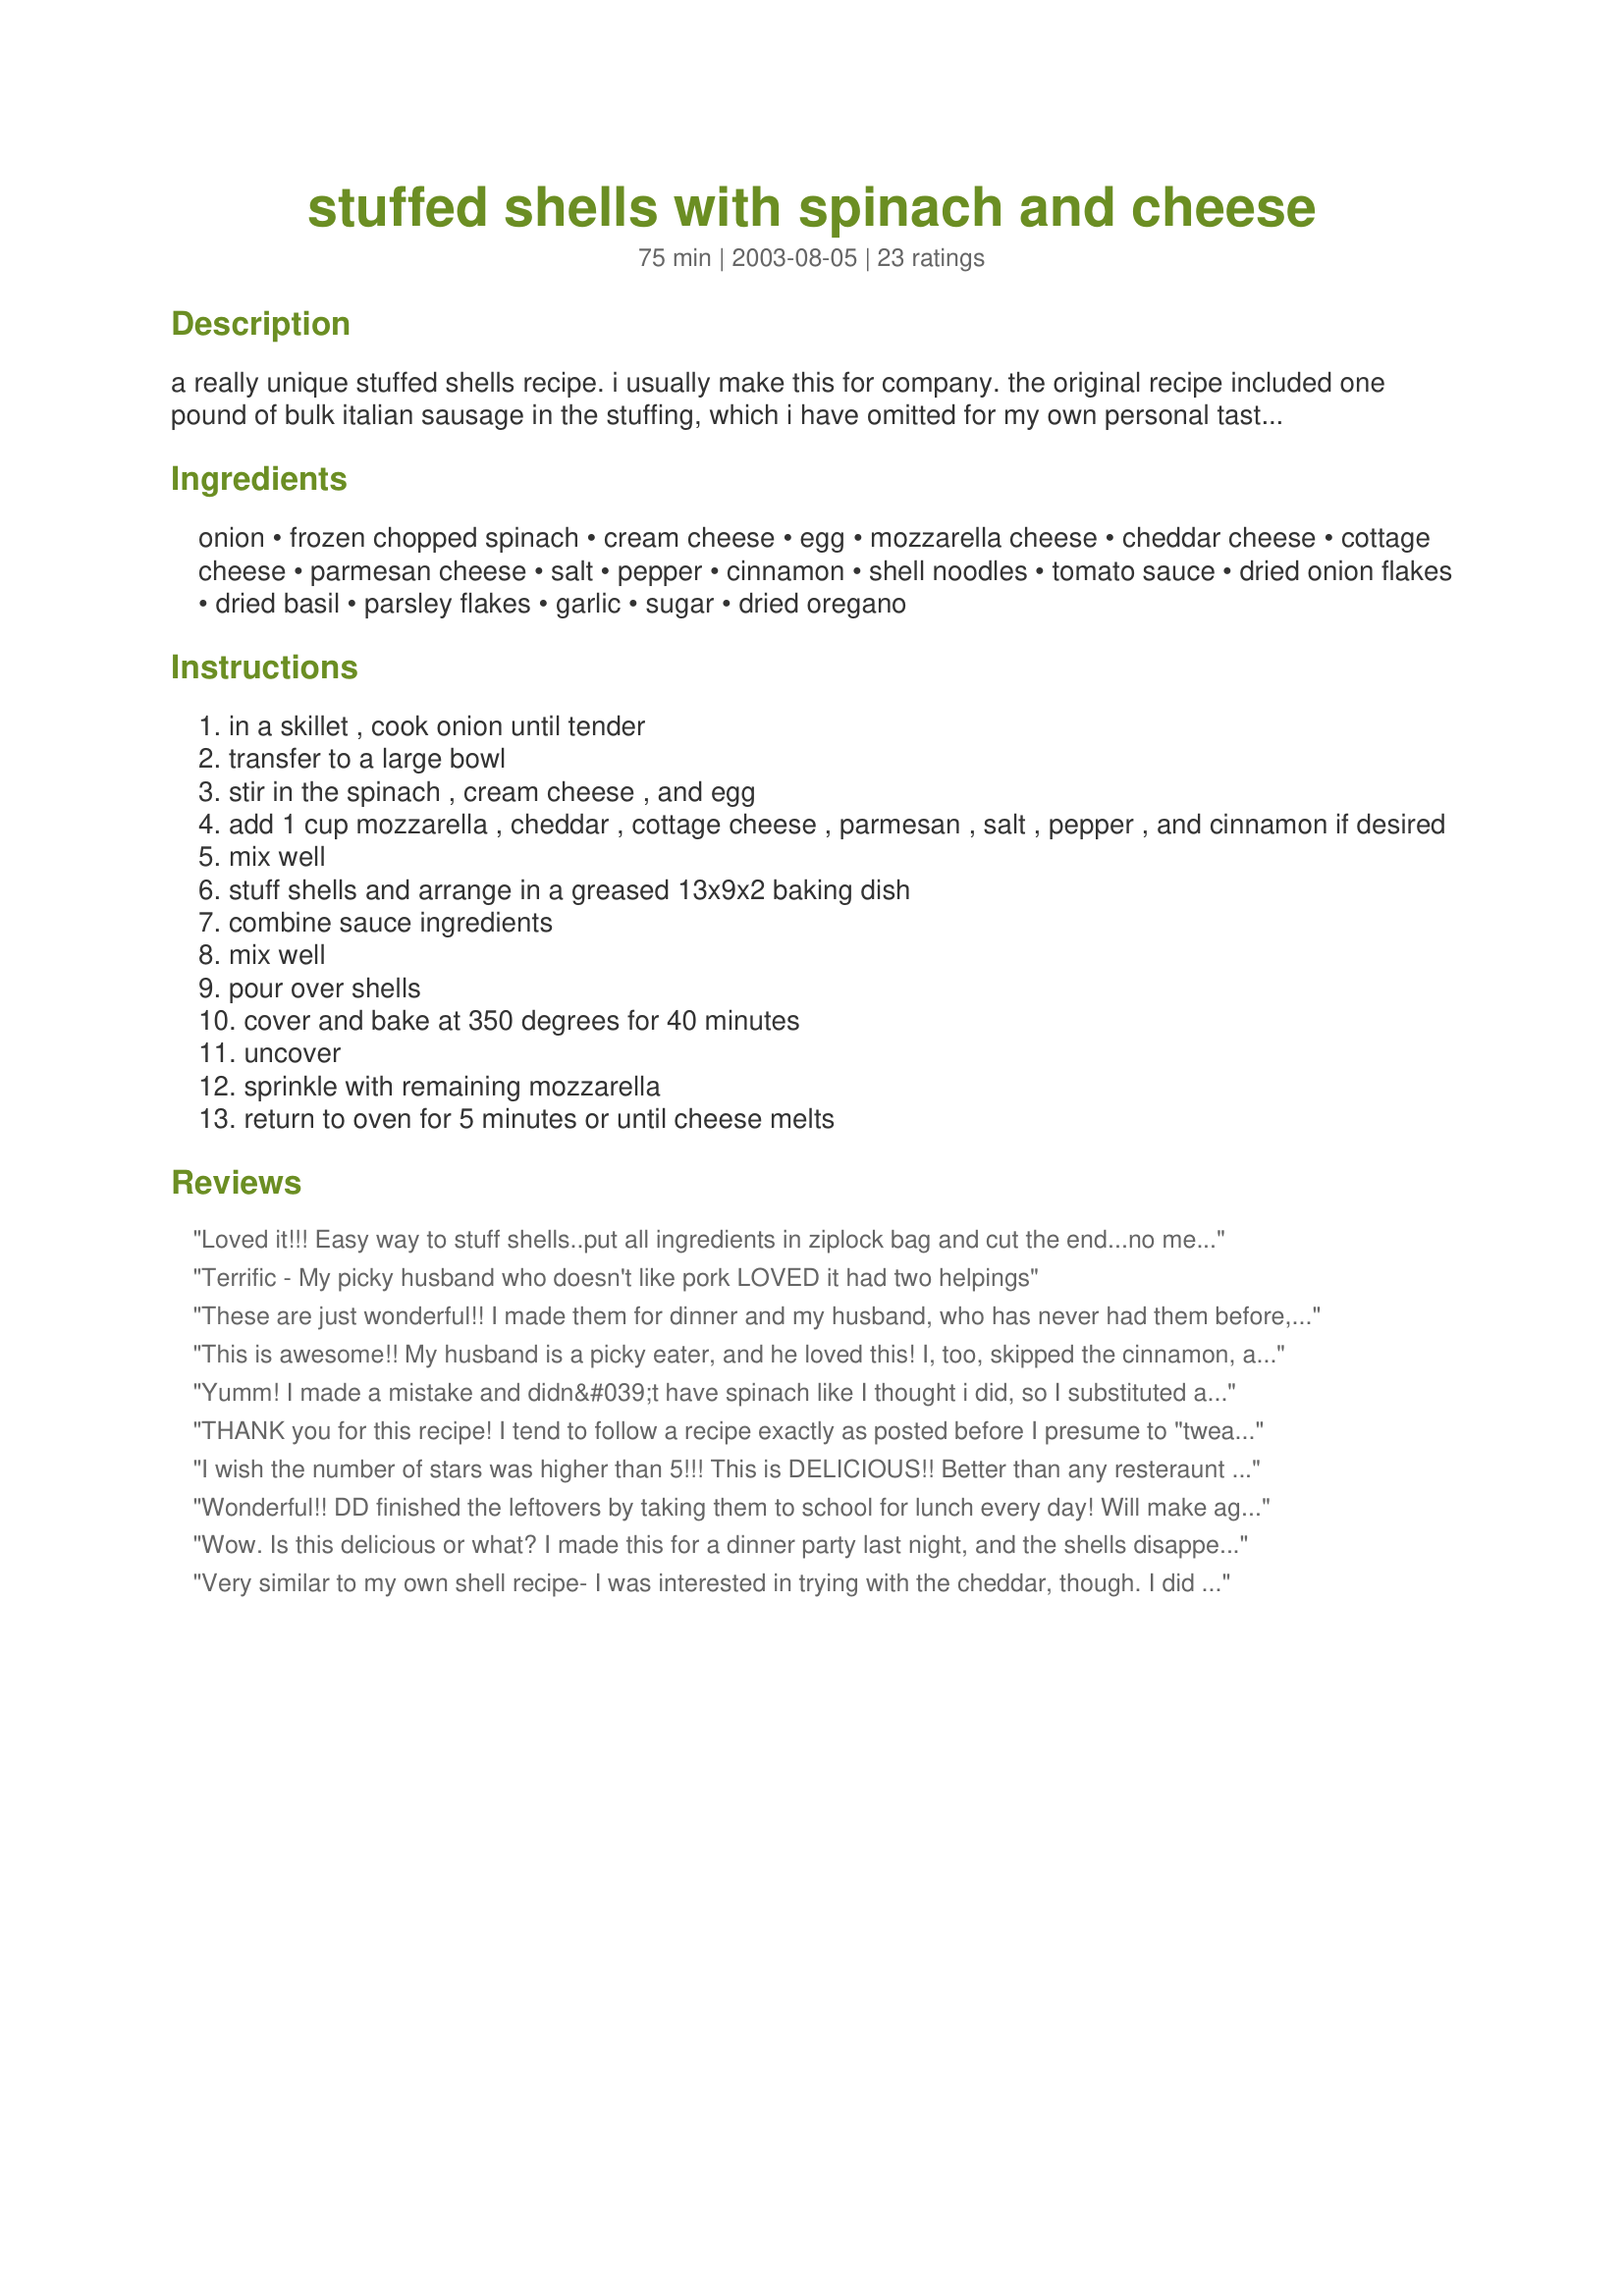
stuffed shells with spinach and cheese
Preparation time: 75 minutes

a really unique stuffed shells recipe. i usually make this for company. the original recipe included one pound of bulk italian sausage in the stuffing, which i have omitted for my own personal tastes. i'm getting hungry just typing this recipe and remembering how good it is!

Ingredients:
onion, frozen chopped spinach, cream cheese, egg, mozzarella cheese, cheddar cheese, cottage cheese, parmesan cheese, salt, pepper, cinnamon, shell noodles, tomato sauce, dried onion flakes, dried basil, parsley flakes, garlic, sugar, dried oregano

Steps:
in a skillet , cook onion until tender
transfer to a large bowl
stir in the spinach , cream cheese , and egg
add 1 cup mozzarella , cheddar , cottage cheese , parmesan , salt , pepper , and cinnamon if desired
mix well
stuff shells and arrange in a greased 13x9x2 baking dish
combine sauce ingredients
mix well
pour over shells
cover and bake at 350 degrees for 40 minutes
uncover
sprinkle with remaining mozzarella
return to oven for 5 minutes or until cheese melts

Reviews:
Loved it!!! Easy way to stuff shells..put all ingredients in ziplock bag and cut the end...no mess!!
Terrific - My picky husband who doesn't like pork LOVED it had two helpings
These are just wonderful!! I made them for dinner and my husband, who has never had them before, ate almost half the pan. I will be making these many more times you can be sure. The only thing I did differently was replace the cottage cheese with Ricotta cheese because I don't like the taste of cottage cheese in Italian foods and if you are going to go to all the trouble of making something special, why not go whole hog !! I may try using all low fat cheeses next time to see how it turns out. I did not use sausage but might try it at some point although it is really difficult to get Italian sausage in England. Thanks for a wonderful recipe.
This is awesome!! My husband is a picky eater, and he loved this! I, too, skipped the cinnamon, and I used sweet 'n low in place of sugar. I also used fat- free cream cheese and fat-free cottage cheese, and it was still delicious! There were leftovers, but I think it tasted even better the second and third day! Awesome recipe that I will definitely make again and again.
Yumm! I made a mistake and didn&#039;t have spinach like I thought i did, so I substituted a bag of mixed mushrooms. It was wonderful (even with the change) - very rich and the filling is so creamy! Will definitely make as directed again soon!!
THANK you for this recipe! I tend to follow a recipe exactly as posted before I presume to "tweak" it at all, and this is a recipe I will make again and again just as it is (with the exception of using the cinnamon - I didn't use it - but actually will try it next time). Absolutely delicious.
I wish the number of stars was higher than 5!!! This is DELICIOUS!!
 Better than any resteraunt can make! Mine ended up making about 30 shells, so I just cooked up the whole box, in case some of them got ripped during boiling. I knew my family couldn't eat the whole amount in one meal, so I fixed ours in a smaller casserole dish, and put one in the freezer for another day! Such a wonderful rich flavor from the filling! I didn't use the sausage, but would like to try that another time! We will make this again! Perfect for company!!! Thanks for sharing!
Wonderful!! DD finished the leftovers by taking them to school for lunch every day! Will make again soon.

As promised, I have made this often, we still love it.
Wow. Is this delicious or what? I made this for a dinner party last night, and the shells disappeared in no time. Just a few changes: I used 15 oz. ricotta and reduced the shredded cheese by a cup, and I added some fresh chopped basil to the filling. There was enough filling to make two pans of jumbo shells. I'll definitely make this again.
Very similar to my own shell recipe- I was interested in trying with the cheddar, though. I did sub ricotta for the cottage cheese. Very tasty! I also froze half of the shells (without sauce) and the results were great! Thanks for the variation!
Love this recipe! Family came up to visit and we made this recipe with our homemade canned tomato sauce and they asked for the recipe. Come to find out they made it a couple of weeks later with alfredo sauce because they did not have my spaghetti sauce on hand. The said it was also great that way. Now my plan is to make a batch up, freeze it and use it for a halloween party that I will be holding. I can't wait to share them with the guests. Thanks a bunch!!!
Very good! Will make again. I did use a 15oz container of ricotta in place of the cream cheese & cottage cheese. I also used fresh spinach, i just chopped it up and threw it in at the end of cooking the onion to cook out some of the moisture.
I used this recipe mostly for methodology, and I love the addition of cinnamon, but I thought the amount of sauce was totally inadequate.
The whole family enjoyed this, even the picky eaters. I didn't have cottage cheese so I just used an extra 4 oz. of cream cheese that I had left over, omitted cinnamon, and I used a 26 oz. jar of spaghetti sauce instead of making the sauce recipe. Also cooked the whole 12 oz box of shells and had enough filling for almost all of them. Recipe worked out great and leftovers didn't last long.
This was wonderful. I made it ahead and just put it in the oven when we got home from picking up my DD at the airport. Served with garlic bread and a tossed salad it was a beautiful dinner. My DD ate 5 of the shells! I also froze half of the stuffed shells without sauce and they thawed and cooked with great success. Thanks.
My family LOVED it!!! They ask me to make it all the time now.
A big thumbs up from three generations. Loved the idea of using the ziplock bag to fill the shells. I did substitute cream cheese for the cottage cheese. Not a tweak. Just personal preference. It makes it very creamy.
This was a hit with my vegetarian daughter and her family! Thank you for posting this great recipe. I used ricotta for the cream cheese as it is her favvy.
Yummy! I used another sauce recipe ( Spinach Stuffed Shells With a Mushroom Sauce #116484 ) because I needed to use up some mushrooms, and stuffed some cannelloni (sure i have spelt that wrong :P ) and it was amazing. My husband is a very fussy eater, who is Italian and usually only eats good quality food. This was a two thumbs up - rare - WELL DONE! Thanks for such a tasty stuffing :)

Delicious! I couldn't find whole wheat jumbo shells, so I rolled the filling up in lasagna rolls, and it was amazing! The cream cheese took it to another level! I will definitely be making these again.
Fantastic recipe. The entire family loved it! Made this w/Ricotta Cheese instead of Cottage Cheese and omitted the cinnamon - that's about all I changed. Made about 30 shells and they just barely fit in a 13 x 9 pan. I will be adding this to our favorites! Thanks.
I thought I had reviewed this since I've made it twice, but see that I didn't. I am fixing it again tonight and love love this recipe. I'm trying to cut down on the meat in our diet and with this recipe, we didn't miss it at all..although some could be added and be great.
I hesitated to make it at first because it seemed to have so many ingredients and somewhat time consuming, but it went together very quickly and the only real work was assembling the ingredients.
I would agree that is does make a lot........but the leftovers are great and I had enough to share with my vegetarian GD. Donna
Followed the directions exactly (omitted cinnamon) and it was really good. However, next time I think I will make a few changes. I would definetly use ricotta cheese instead of the cream cheese. It was a little bit too sweet for our taste. Also, I think I will half the cheese mixture next time--we ended up throwing a good portion of it away unused. But overall it is a great recipe! Thanks Laura70!
